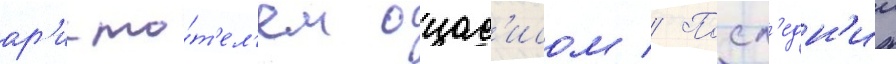
ар'исто́т'ел'ем онас'исом // Посл'едн'ии